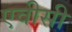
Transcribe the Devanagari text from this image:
एवीसी